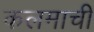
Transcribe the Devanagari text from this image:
कलमाची